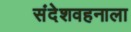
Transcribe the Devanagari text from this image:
संदेशवहनाला